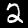
Digit: 2